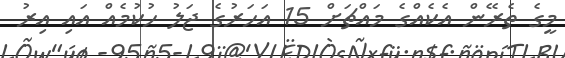
މީގެ ތެރޭން އެކެއްގެ މައްޗަށް 15 އަހަރުގެ ޖަލު ހުކުމެއް އައި އިރު